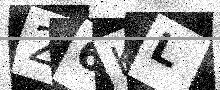
Text: 26KL